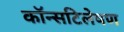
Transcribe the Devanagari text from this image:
कॉन्सटिलेषण